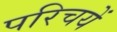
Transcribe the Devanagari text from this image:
परिचयें